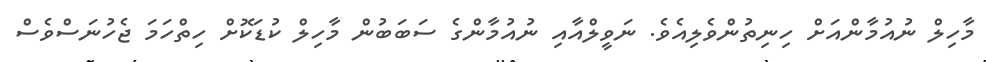
މާހިލް ނުއުމާންއަށް ހިނިތުންވެލިއެވެ. ނަވީލްއާއި ނުއުމާންގެ ސަބަބުން މާހިލް ކުޑަކޮށް ހިތްހަމަ ޖެހުނަސްވެސް